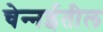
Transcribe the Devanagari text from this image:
चेन्‍नईतील